Civil Veterinary Department Bihar & Orissa reports 1929-36 - 1929-1936
Year: 1929
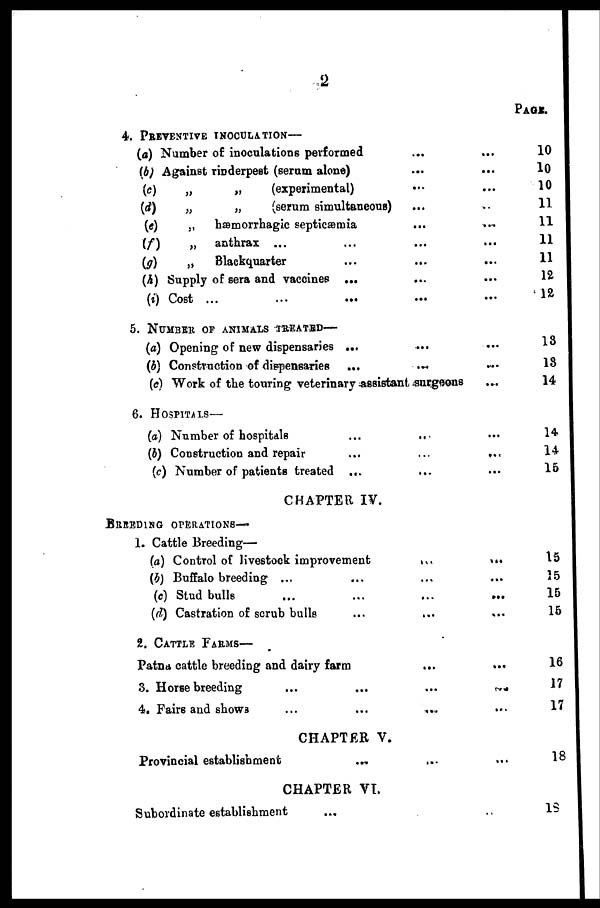
2
4. PREVENTIVE INOCULATION—
(a)
(b)
(c)
(d)
(e)
(f)
(g)
(h)
(i)
Number of inoculations performed
Against rinderpest (serum alone) ... ...
„
„
(experimental) ... ...
„
„
(serum simultaneous) ... ...
„
hæmorrhagic septicæmia ... ...
„
anthrax ... ... ... ...
„
Blackquarter ... ... ...
Supply of sera and vaccines ... ... ...
Cost ...
...
...
...
...
PAGE.
10
10
10
11
11
11
11
12
12
5. NUMBER OF ANIMALS TREATED—
(a) Opening of new dispensaries ... ... ...
(b) Construction of dispensaries ... ... ...
(c) Work of the touring veterinary -assistant surgeons ...
...
13
13
14
6. HOSPITALS—
(a) Number of hospitals ... ... ...
(b) Construction and repair ... ... ...
(c) Number of patients treated ... ... ...
14
14
15
CHAPTER IV.
BREEDING OPERATIONS—
1. Cattle Breeding—
(a) Control of livestock improvement ... ...
(b) Buffalo breeding ... ... ... ...
(c) Stud bulls ... ... ... ...
(d) Castration of scrub bulls ... ... ...
15
15
15
15
2. CATTLE FARMS—
Patna cattle breeding and dairy farm ... ...
3. Horse breeding ... ... ... ...
4. Fairs and shows... ... ... ...
16
17
17
CHAPTER V.
Provincial establishment ... ...
18
CHAPTER VI.
Subordinate establishment ... ...
18